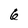
Character: 6